Bréfritari: Ásgeir Tryggvi Friðgeirsson
Dagsetning: A-1899-08-06
Skrifað á: Vesturheimi

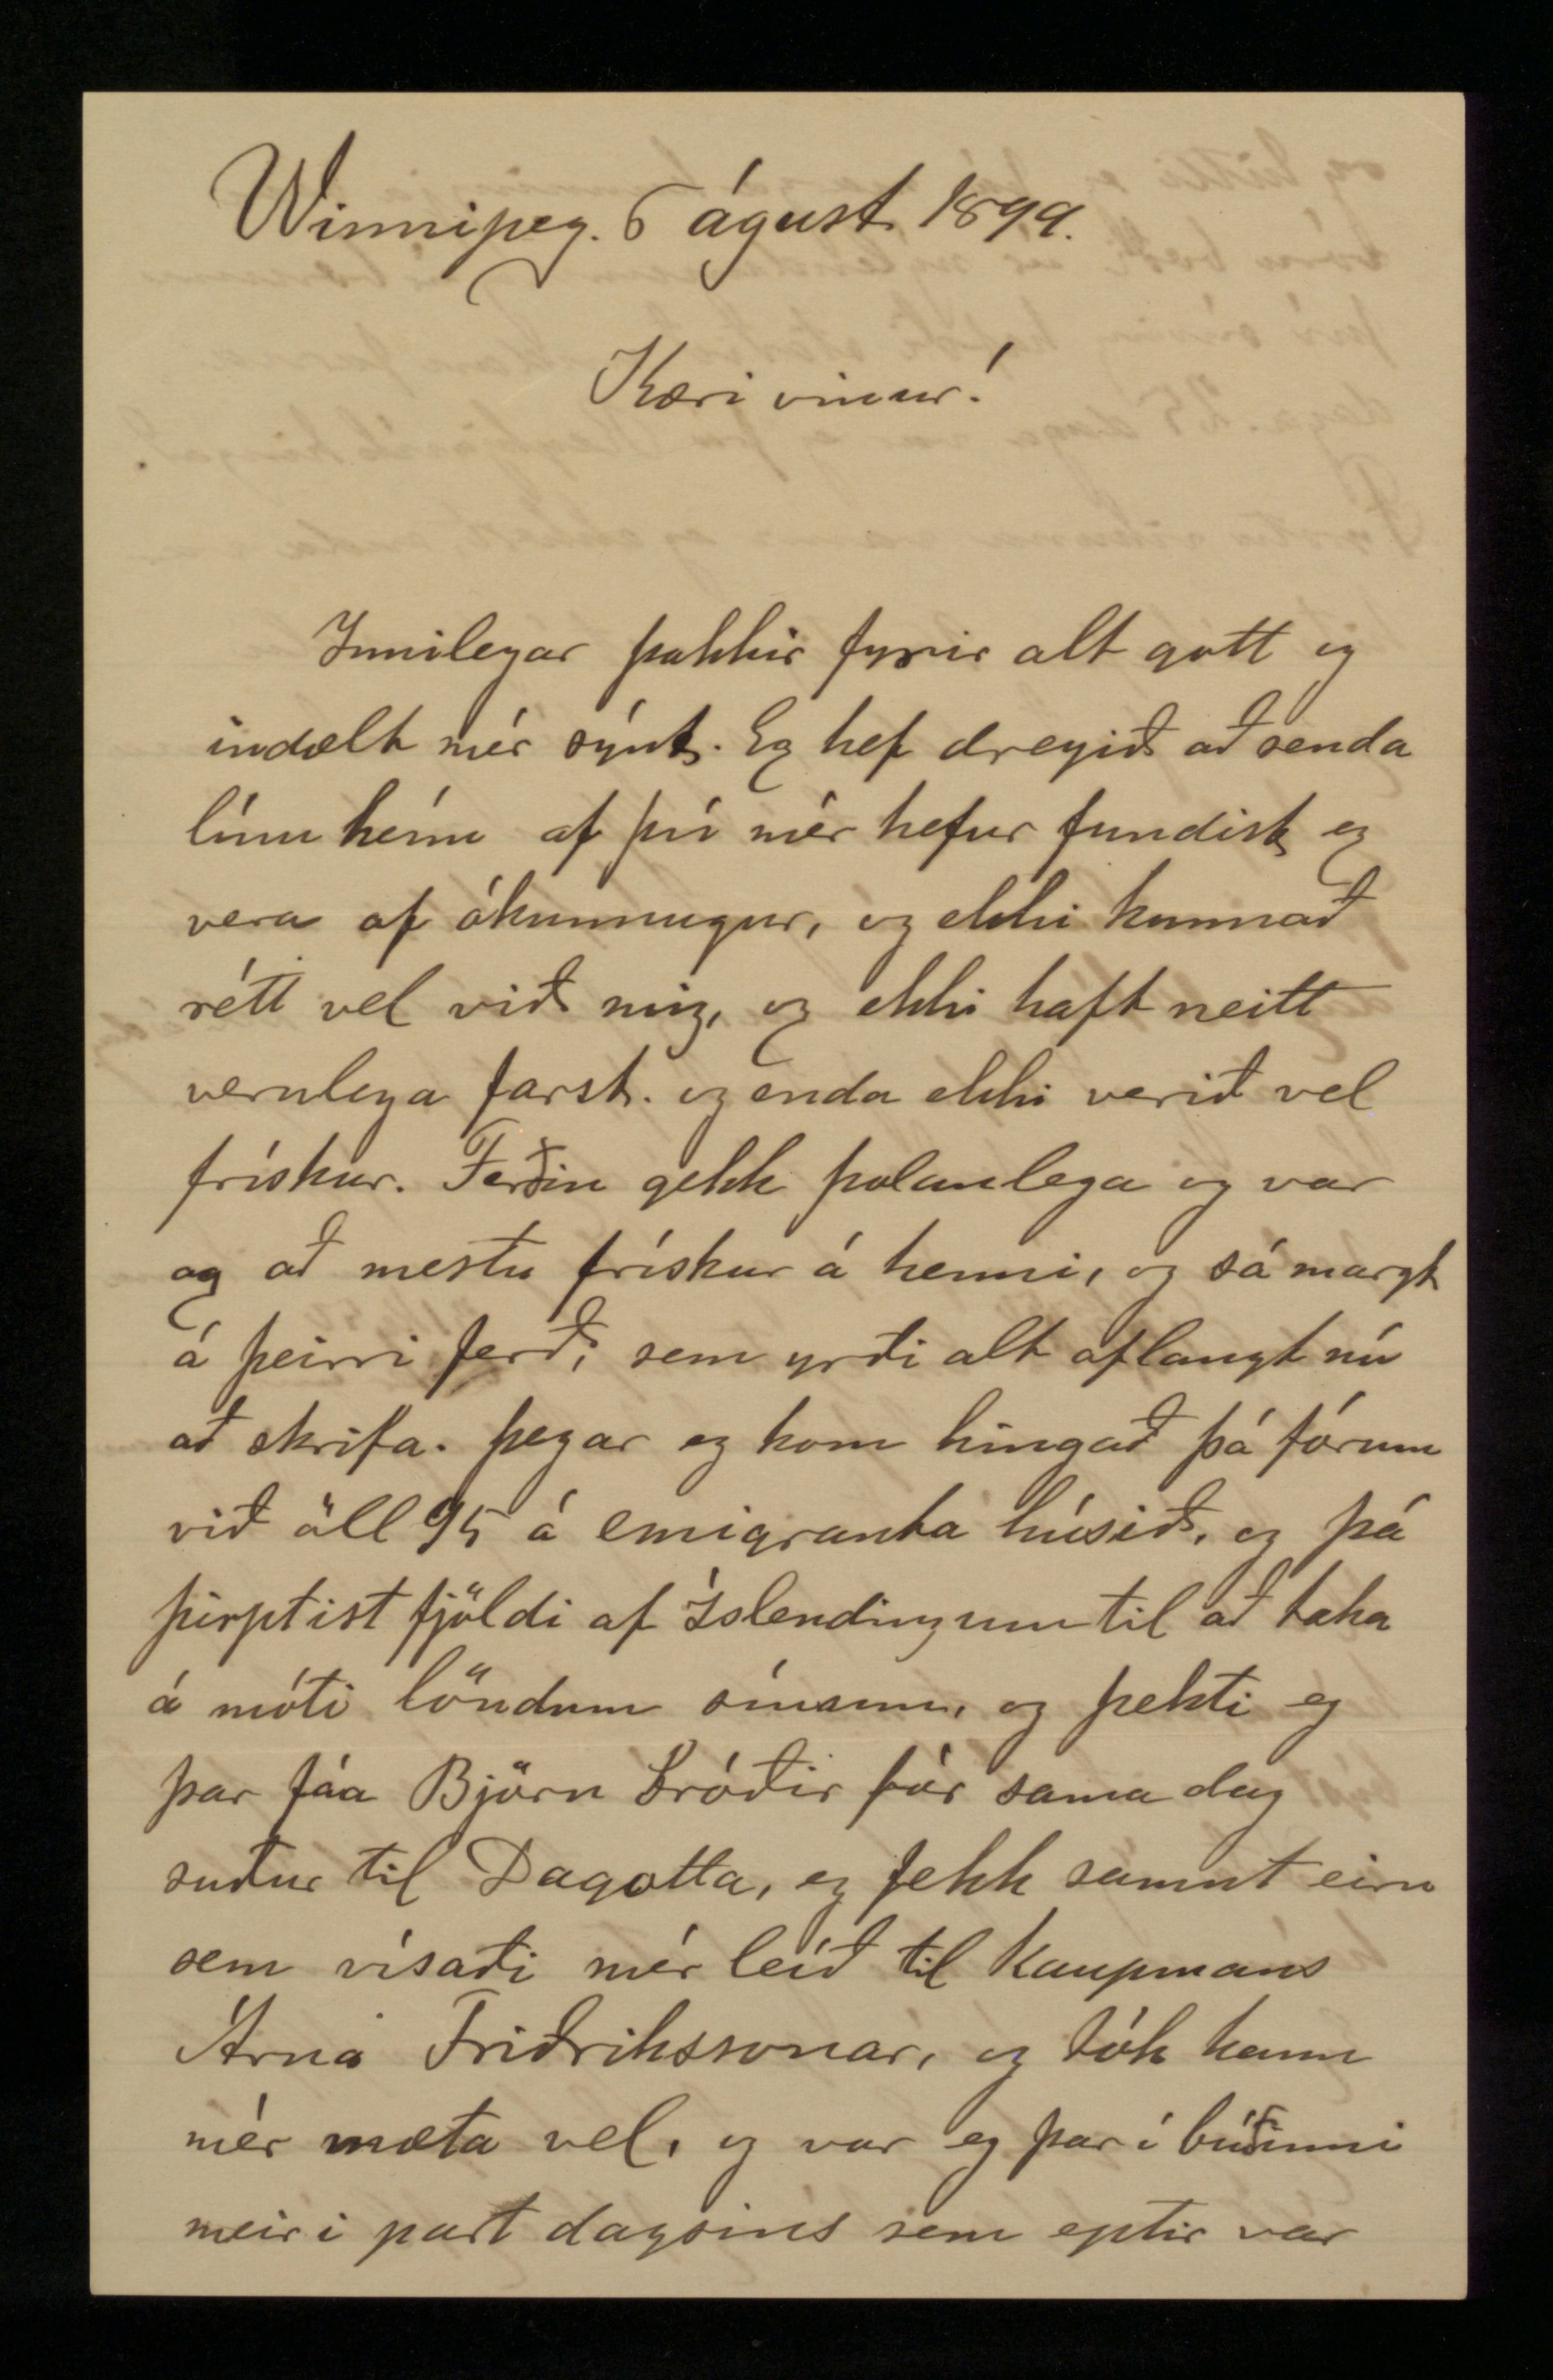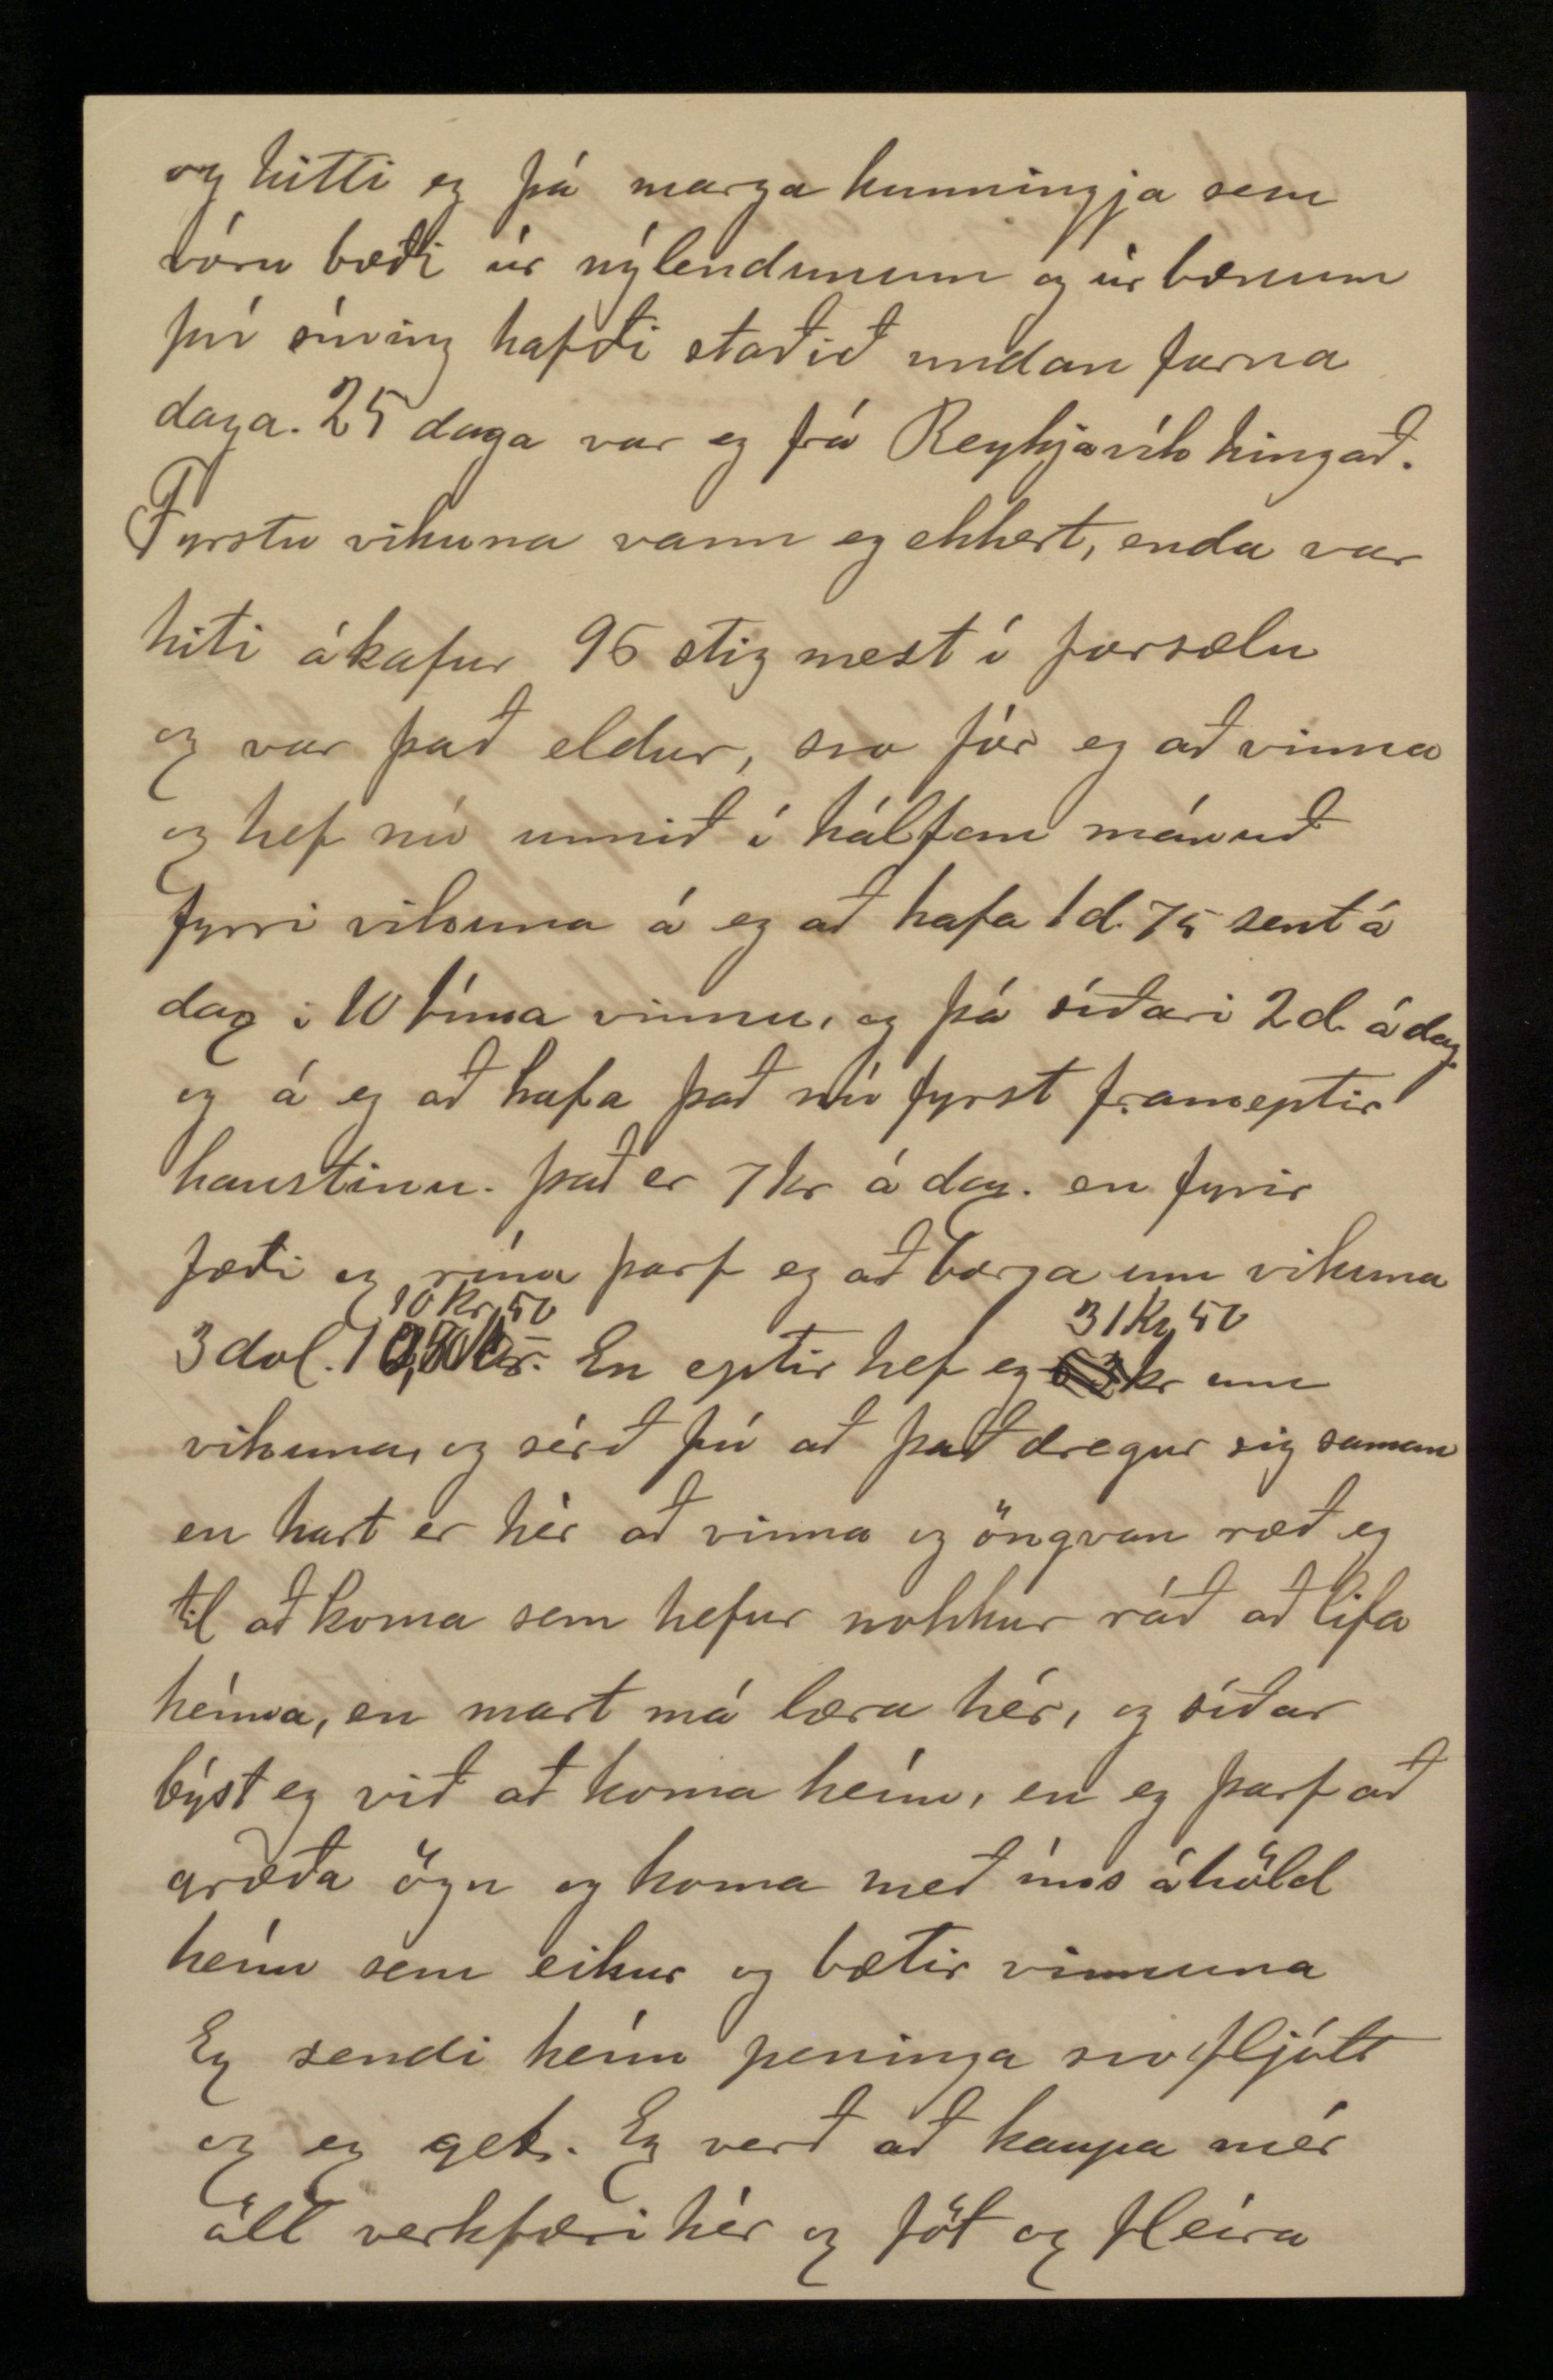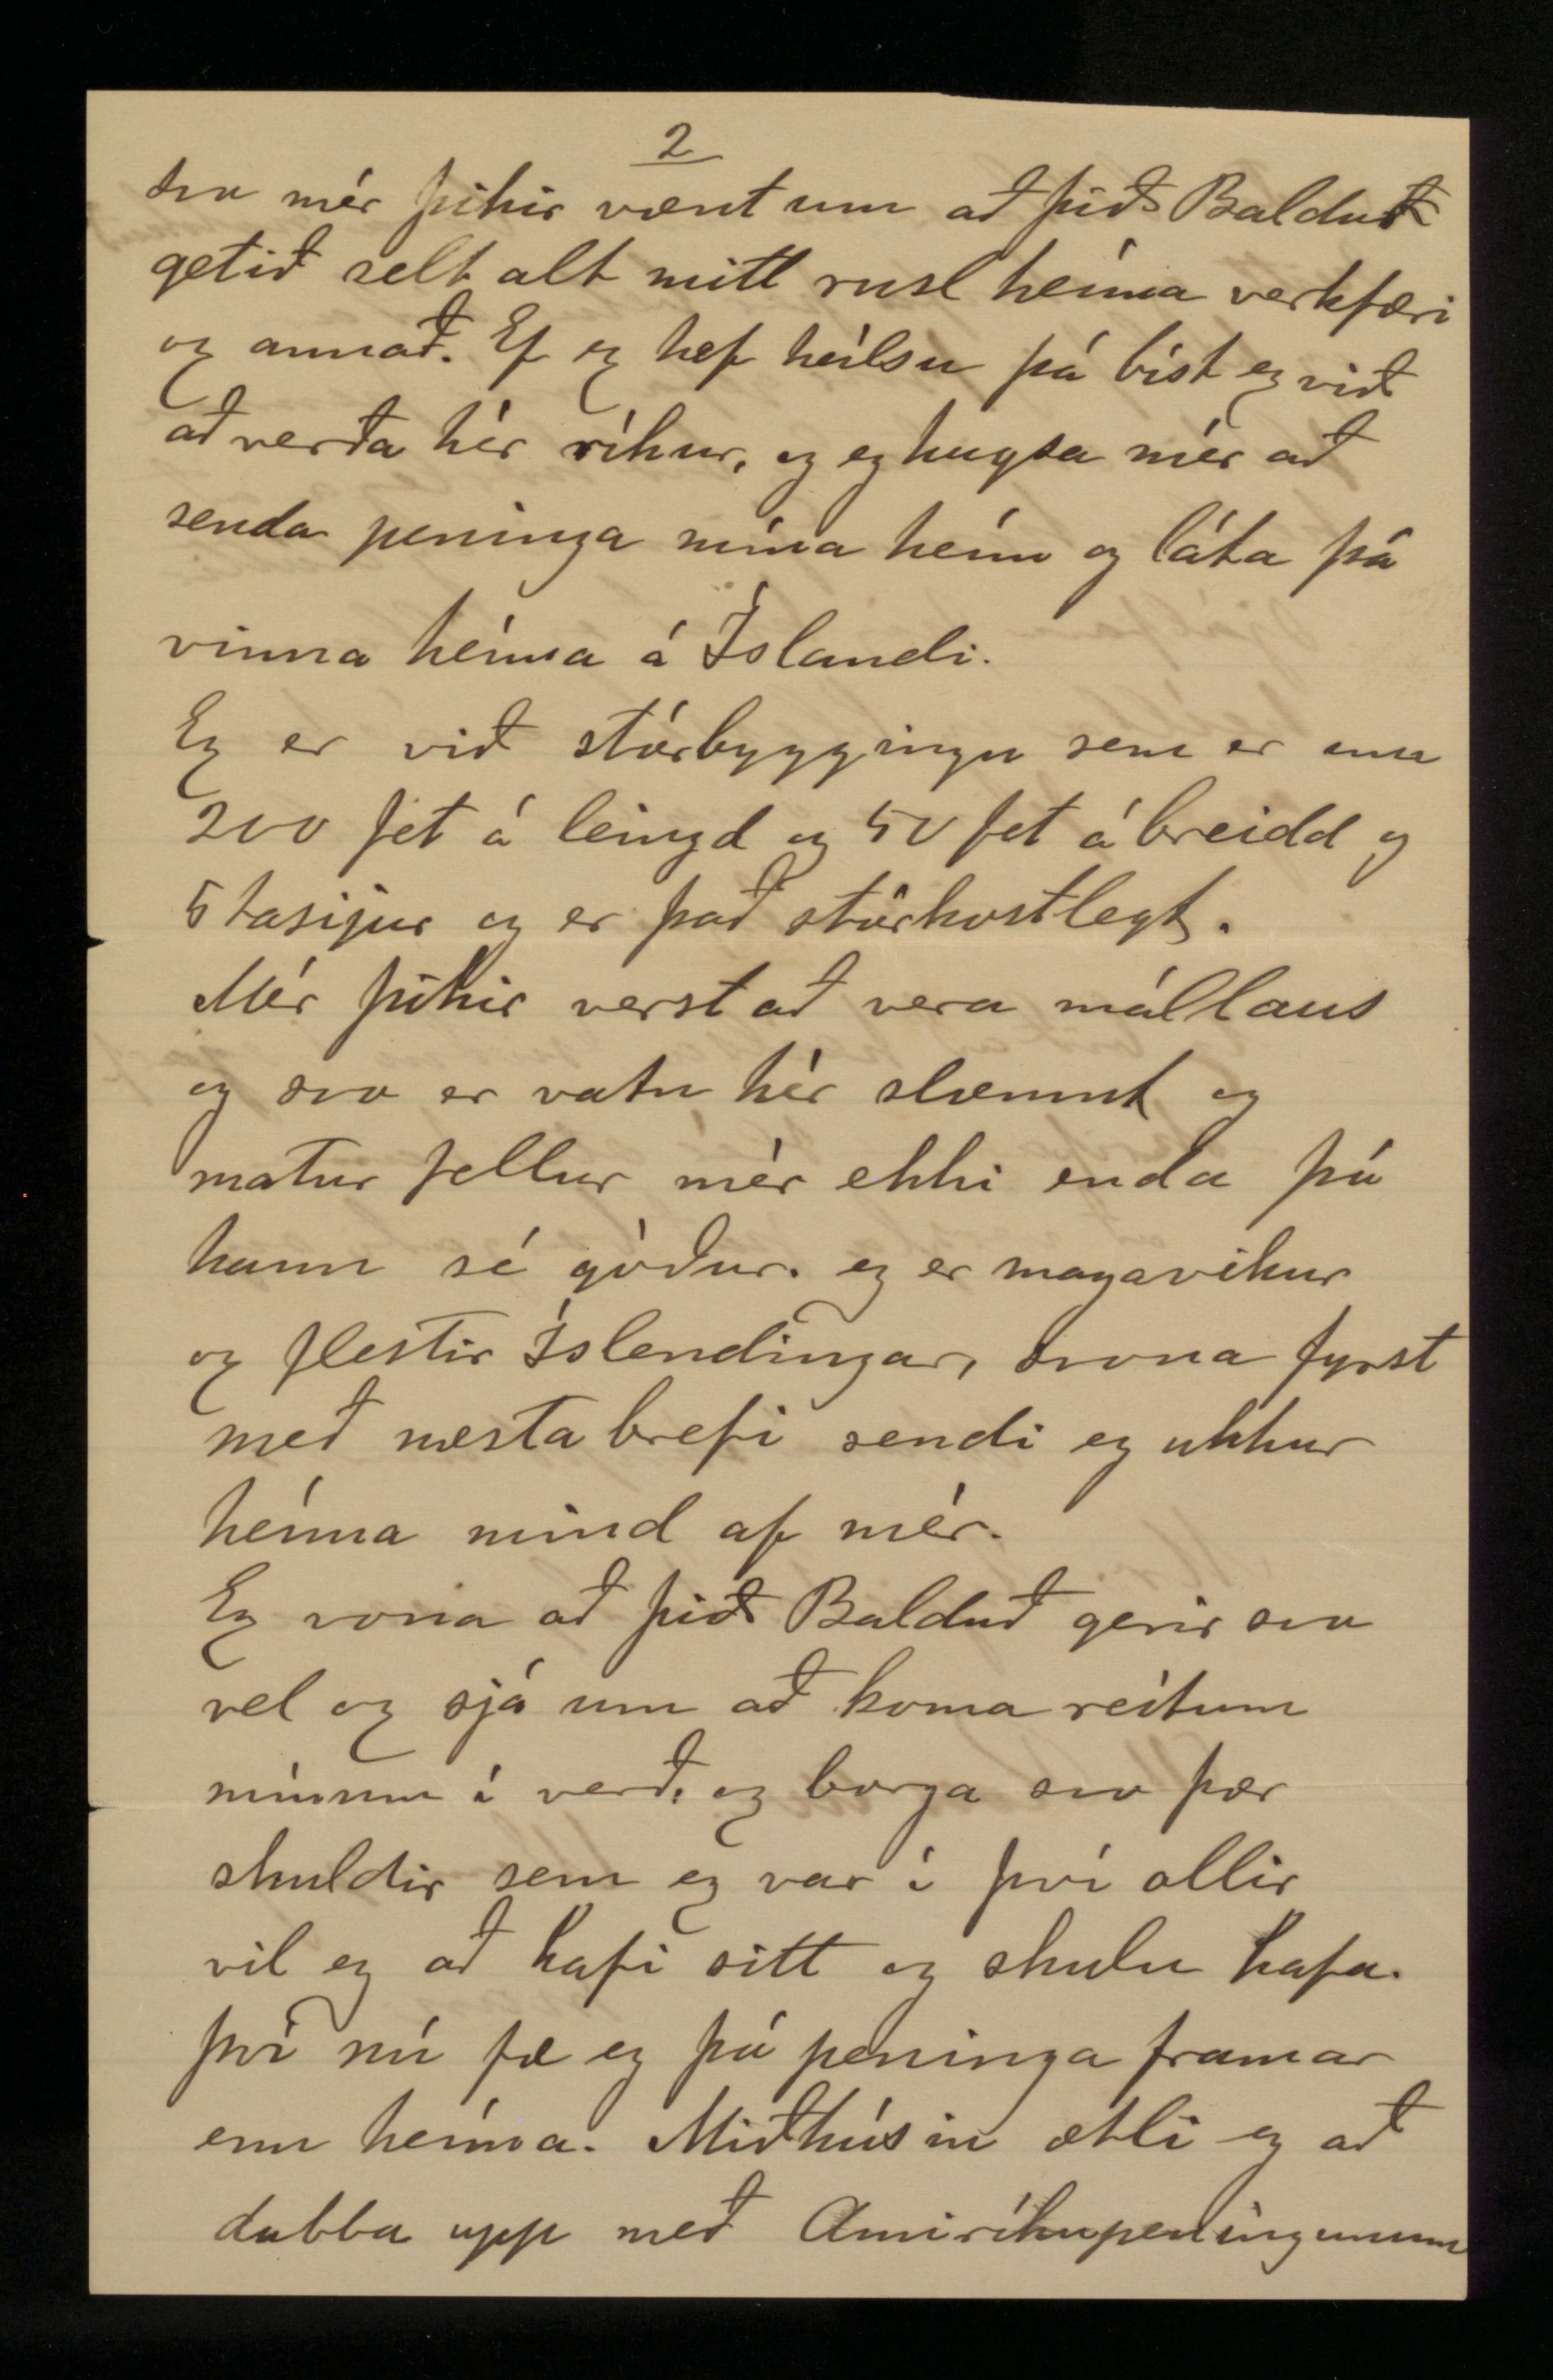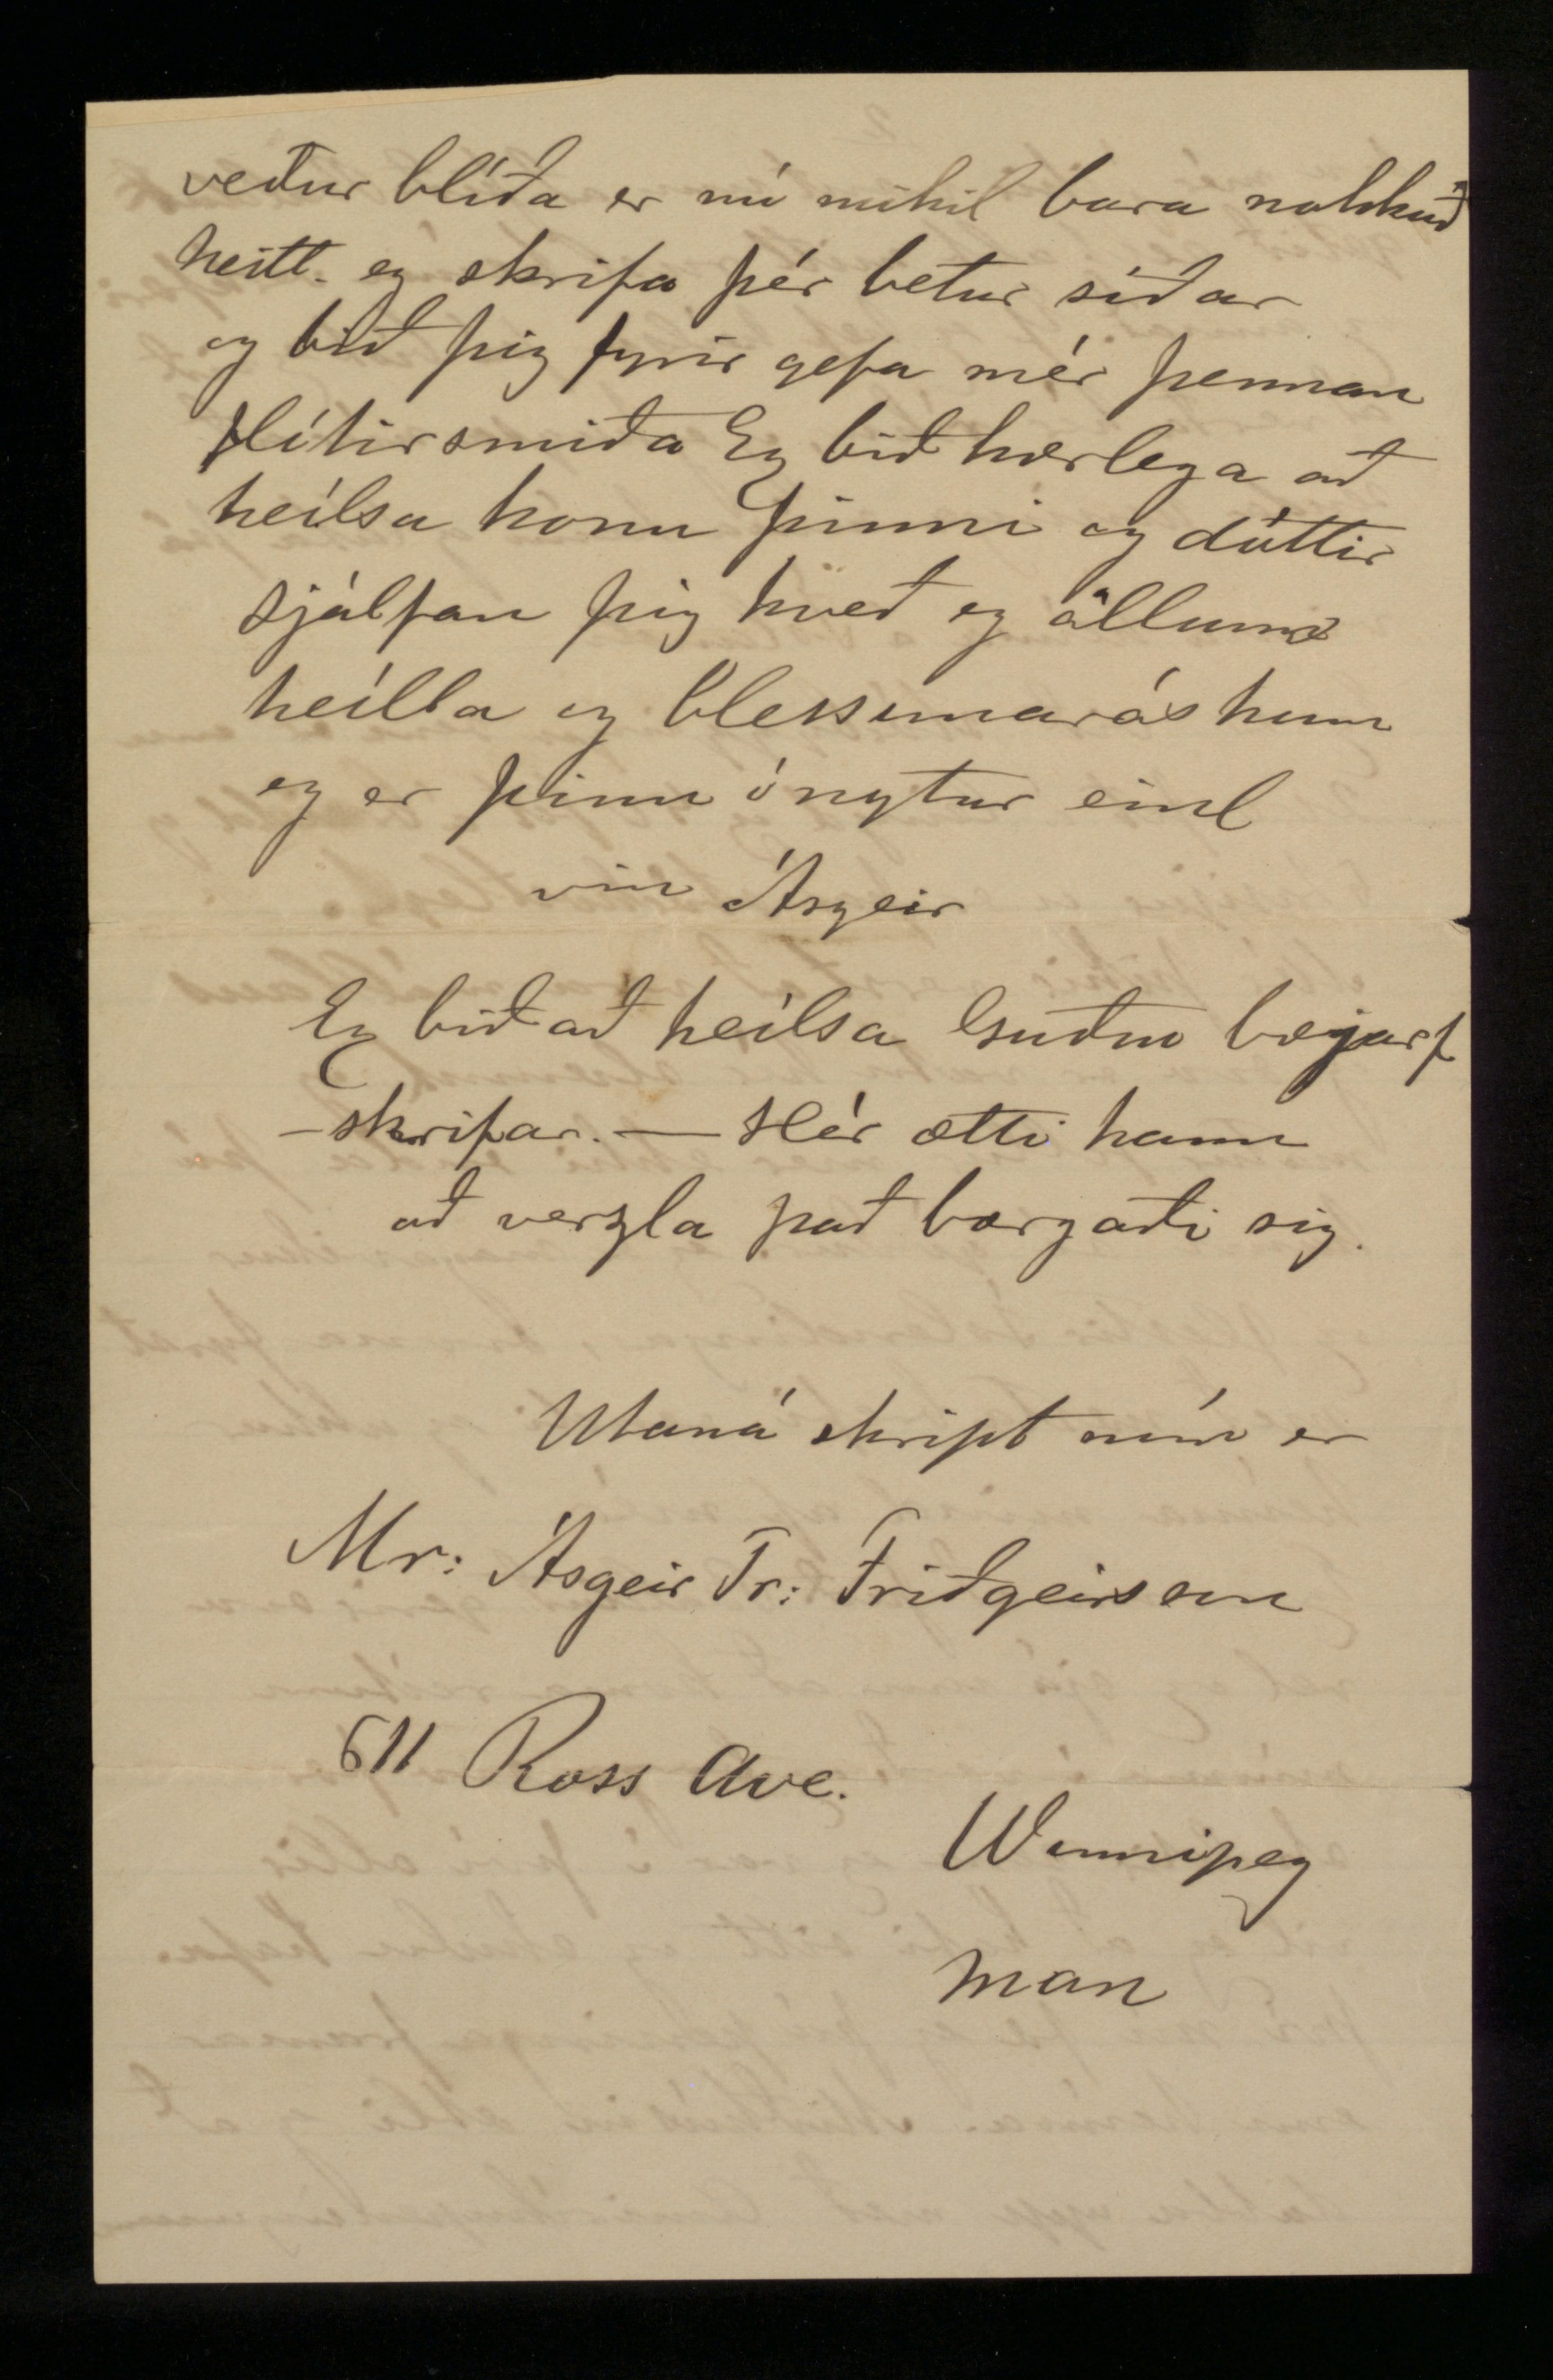

Winnipeg. 6. águst 1899
Kæri vinur!
Innilegar þakkir fyrir alt gott og indælt mér sýnt. Eg hef dregið að senda línu heím af því mér hefur fundist eg vera of ókunnugur, og ekki kunnað rétt vel við mig, og ekki haft neitt verulega farst. og enda ekki verið vel frískur. Ferðin gekk þolanlega og var eg að mestu frískur á henni, og sá margt á þeirri ferð, sem yrði alt of langt nú að skrifa. Þegar eg kom hingað þá fórum við öll 95 á emigranta húsið, og þá þirptist fjöldi af Íslendingum til að taka á móti löndum sínum, og þekti eg þar fáa Björn bróðir fór sama dag suður til Dagotta, eg fekk sammt eirn sem vísaði mér leið til kaupmans Árna Friðrikssonar, og tók hann mér mæta vel, og var eg þar í búðinni meir en part dagsins sem eptir var
og hitti eg þá marga kunningja sem vóru bæði úr nýlendunum og úr bænum því síning hafði staðið undan farna daga. 25 daga var eg frá Reykjavík hingað. Fyrstu vikuna vann eg ekkert, enda var hiti ákafur 95 stig mest í forsælu og var það eldur, svo fór eg að vinna og hef nú unnið í hálfan mánuð fyrri vikuna á eg að hafa 1 d 75 sent á dag í 10 tíma vinnu, og þá síðari 2 d á dag og á eg að hafa það nú fyrst frameptir haustinu. það er 7 kr. á dag en fyrir fæði og rúm þarf eg að borga um vikuna 3 dol.
10,50 kr.
10 kr 50
En eptir hef eg
63 kr
31 kr 50
um vikuna, og sérð þú að það dregur sig saman en hart er hér að vinna og öngvan ræð eg til að koma sem hefur nokkur ráð að lifa heíma, en mart má læra hér, og síðar býst eg við að koma heím, en eg þarf að græða ögn og koma með íms áhöld heím sem eikur og bætir vinnuna Eg sendi heím peninga svo fljótt og eg geti Eg verð að kaupa mér öll verkfæri hér og föt og fleira
svo mér þikir vænt um að þið Baldur getið selt alt mitt rusl heíma verkfæri og annað. Ef eg hef heílsu þá bíst eg við að verða hér ríkur, ogeg hugsa mér að senda peninga mína heím og láta þá vinna heíma á Íslandi.
Eg er við stórbyggingu sem er um 200 fet á leingd og 50 fet á breidd og 5 tasijur og er það stórkostlegt.
Mér þikir verst að vera mállaus og svo er vatn hér slæmt og matur fellur mér ekki enda þó hann sé góður. eg er magavikur og flestir Íslendingar, svona fyrst með næsta brefi sendi eg ukkur heíma mind af mér.
Eg vona að þið Balduð gerir svo vel og sjá um að koma reifum mínum í verð, eg borga svo þær skuldir sem eg var í því allir vil eg að hafi sitt og skulu hafa. því nú fæ eg þó peninga framar enn heíma. Miðhúsin ætli eg að dubba upp með Amiríkupeningunum
veður blíða er nú mikil bara nokkuð heitt. eg skrifa þér betur síðar og bið þig fyrir gefa mér þennan flítirsmiða Eg bið kærlega að heílsa konu þinni og dóttir sjálfan þig kveð eg öllum heílla og blessunaróskum eg er þinn ónytur einl vin Ásgeir
Eg við að heílsa Guðm bæjarf-skrifar. - Hér ætti hann að verzla það borgaði sig.
Utaná skript mín er
Mr: Ásgeir Tr: Friðgeirsson 611 Ross Ave. Winnipeg Man